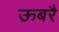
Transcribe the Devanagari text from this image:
ऊबरै